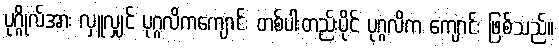
ပုဂ္ဂိုလ်အား လှူလျှင် ပုဂ္ဂလိကကျောင်း တစ်ပါးတည်းပိုင် ပုဂ္ဂလိက ကျောင်း ဖြစ်သည်။